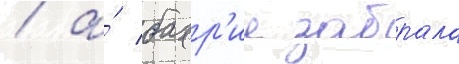
/ а́ бахр'ие забрала